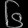
Digit: ၆